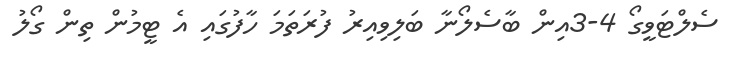
ސެލްޓަވީގޯ 4-3އިން ބާސެލޯނާ ބަލިވިއިރު ފުރަތަމަ ހާފުގައި އެ ޓީމުން ތިން ގޯލު